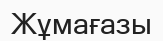
Жұмағазы